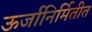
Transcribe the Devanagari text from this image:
ऊर्जानिर्मितीत